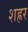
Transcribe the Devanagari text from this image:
शह्रर